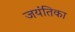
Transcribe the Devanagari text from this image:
जयंतिका